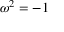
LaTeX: \omega ^ { 2 } = - 1